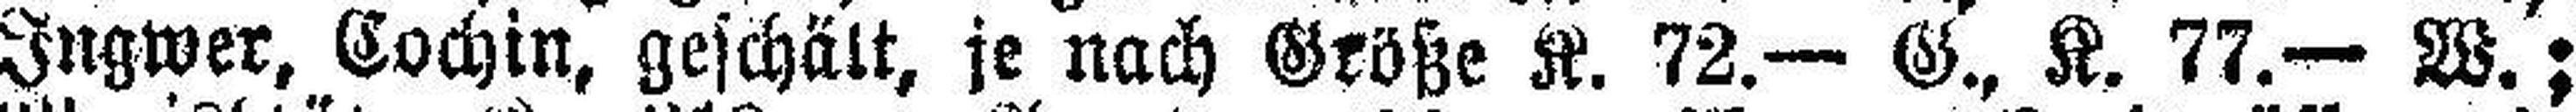
Ingwer, Cochin, geschält, je nach Größe K. 72.— G., K. 77.— W.;